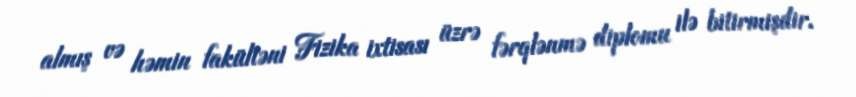
almış və həmin fakültəni Fizika ixtisası üzrə fərqlənmə diplomu ilə bitirmişdir.